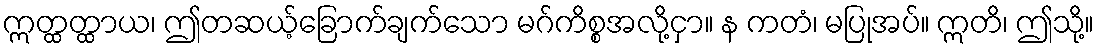
ဣတ္ထတ္ထာယ၊ ဤတဆယ့်ခြောက်ချက်သော မဂ်ကိစ္စအလို့ငှာ။ န ကတံ၊ မပြုအပ်။ ဣတိ၊ ဤသို့။